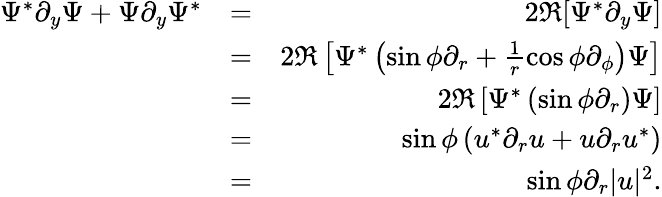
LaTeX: \begin{array}{rlr}{\Psi^{*}\partial_{y}\Psi+\Psi\partial_{y}\Psi^{*}}&{=}&{2\Re[\Psi^{*}\partial_{y}\Psi]}\\ &{=}&{2\Re\left[\Psi^{*}\left(\sin\phi\partial_{r}+\frac{1}{r}\cos\phi\partial_{\phi}\right)\Psi\right]}\\ &{=}&{2\Re\left[\Psi^{*}\left(\sin\phi\partial_{r}\right)\Psi\right]}\\ &{=}&{\sin\phi\left(u^{*}\partial_{r}u+u\partial_{r}u^{*}\right)}\\ &{=}&{\sin\phi\partial_{r}|u|^{2}.}\end{array}